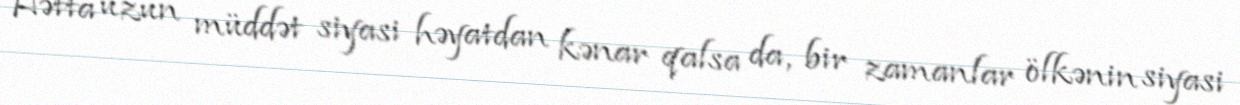
Hətta uzun müddət siyasi həyatdan kənar qalsa da, bir zamanlar ölkənin siyasi